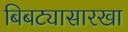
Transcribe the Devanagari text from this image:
बिबट्यासारखा